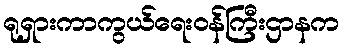
ရုရှားကာကွယ်ရေးဝန်ကြီးဌာနက